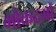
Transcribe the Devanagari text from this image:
मोकदमों